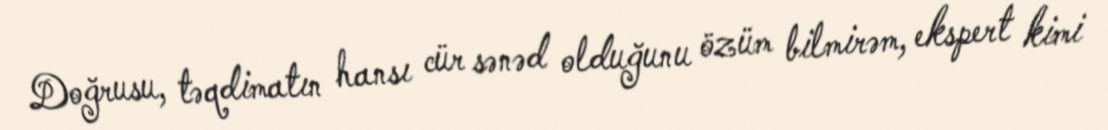
Doğrusu, təqdimatın hansı cür sənəd olduğunu özüm bilmirəm, ekspert kimi